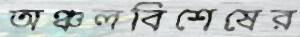
অঞ্চলবিশেষের